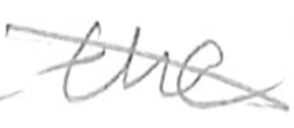
Text: the
Cross-out: diagonal
Writing tool: pencil